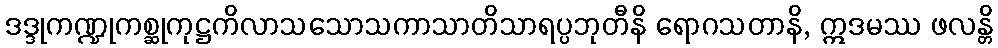
ဒဒ္ဒုကဏ္ဍုကစ္ဆုကုဋ္ဌကိလာသသောသကာသာတိသာရပ္ပဘုတီနိ ရောဂသတာနိ, ဣဒမဿ ဖလန္တိ